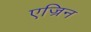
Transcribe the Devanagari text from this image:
एज्रिन